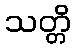
သတ္တိ